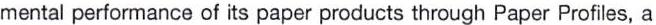
mental performance of its paper products through Paper Profiles, a